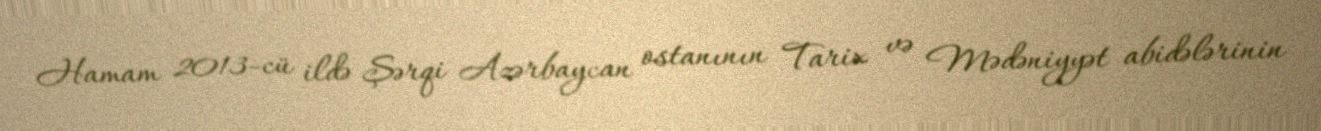
Hamam 2013-cü ildə Şərqi Azərbaycan ostanının Tarix və Mədəniyyət abidələrinin